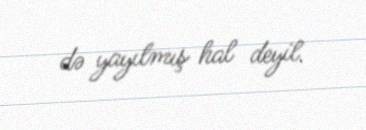
də yayılmış hal deyil.